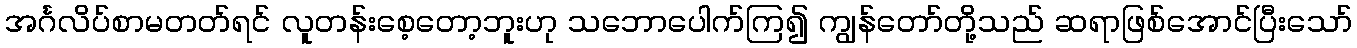
အင်္ဂလိပ်စာမတတ်ရင် လူတန်းစေ့တော့ဘူးဟု သဘောပေါက်ကြ၍ ကျွန်တော်တို့သည် ဆရာဖြစ်အောင်ပြီးသော်